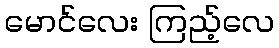
မောင်လေး ကြည့်လေ